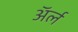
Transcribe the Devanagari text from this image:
अॅर्ल